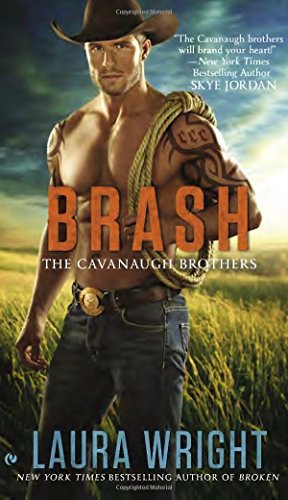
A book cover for Brash: The Cavanaugh Brothers; Laura Wright; Romance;